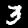
Label: 3